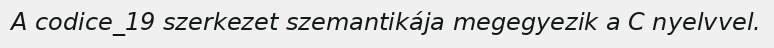
A codice_19 szerkezet szemantikája megegyezik a C nyelvvel.